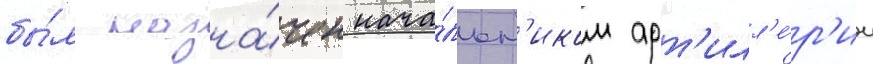
бы́л назна́чен нача́льн'иком арт'илл'е́р'ии